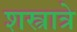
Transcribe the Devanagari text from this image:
शस्त्रात्रे